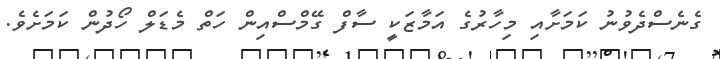
ގެނެސްދެވުނު ކަމަށާއި މިހާރުގެ އަމާޒަކީ ސާފް ގޭމްސްއިން ހަތް މެޑަލް ހޯދުން ކަމަށެވެ.